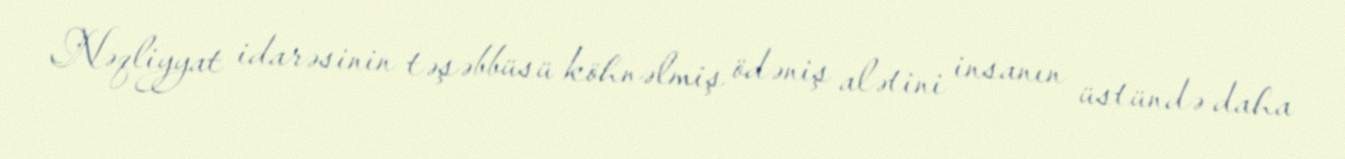
Nəqliyyat idarəsinin təşəbbüsü köhnəlmiş ödəniş alətini insanın üstündə daha